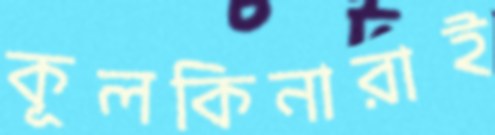
কূলকিনারাই